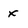
Character: x